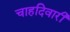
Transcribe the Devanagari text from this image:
चाहदिवारी